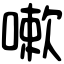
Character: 嗽